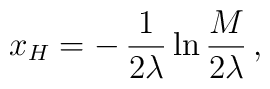
x_H = -\,\frac{1}{2\lambda} \ln\frac{M}{2\lambda}\,,